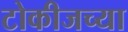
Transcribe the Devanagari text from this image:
टोकीजच्या